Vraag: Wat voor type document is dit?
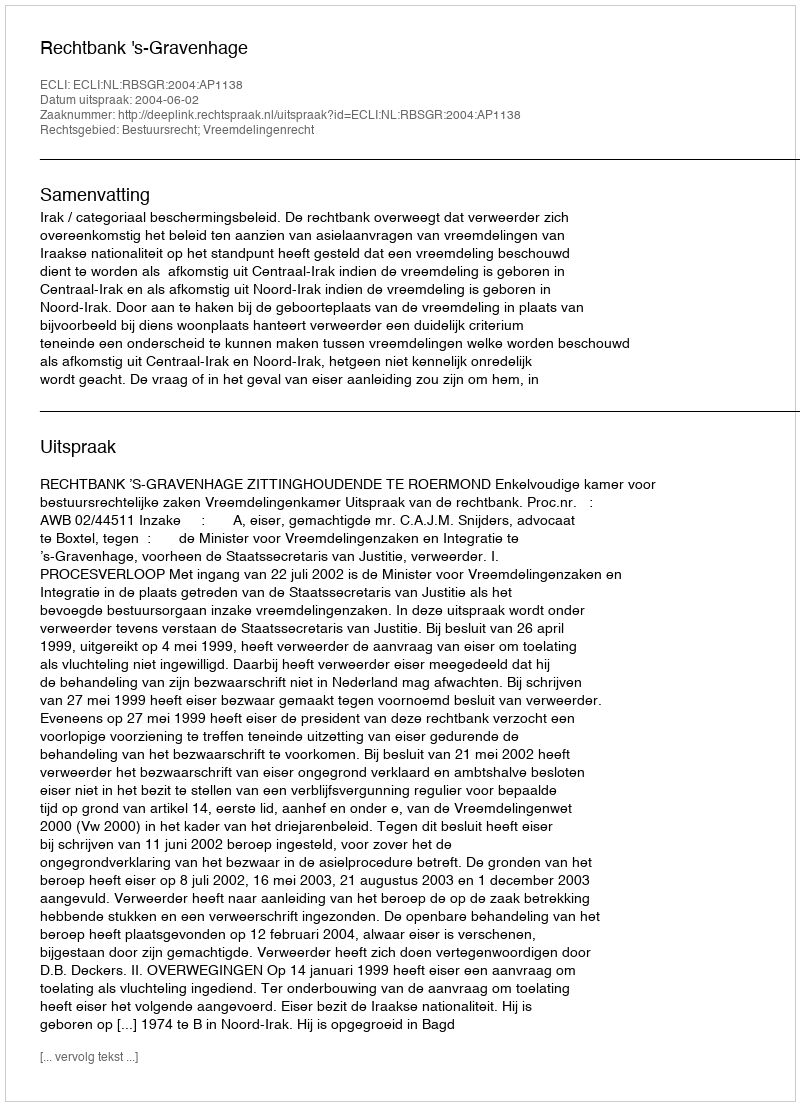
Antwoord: Uitspraak